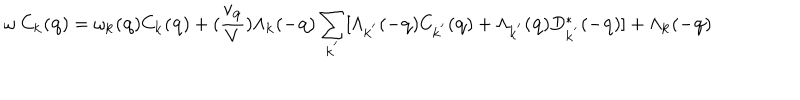
\omega \mathrm { ~ } C _ { { \bf { k } } } ( { \bf { q } } ) = \omega _ { { \bf { k } } } ( { \bf { q } } ) C _ { { \bf { k } } } ( { \bf { q } } ) + ( \frac { v _ { { \bf { q } } } } { V } ) \Lambda _ { { \bf { k } } } ( - { \bf { q } } ) \sum _ { { \bf { k } } ^ { ' } } [ \Lambda _ { { \bf { k } } ^ { ' } } ( - { \bf { q } } ) C _ { { \bf { k } } ^ { ' } } ( { \bf { q } } ) + \Lambda _ { { \bf { k } } ^ { ' } } ( { \bf { q } } ) D _ { { \bf { k } } ^ { ' } } ^ { * } ( - { \bf { q } } ) ] + \Lambda _ { { \bf { k } } } ( - { \bf { q } } )